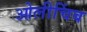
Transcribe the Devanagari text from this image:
ओलीचिंब